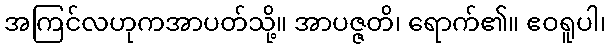
အကြင်လဟုကအာပတ်သို့။ အာပဇ္ဇတိ၊ ရောက်၏။ ဧဝရူပါ၊